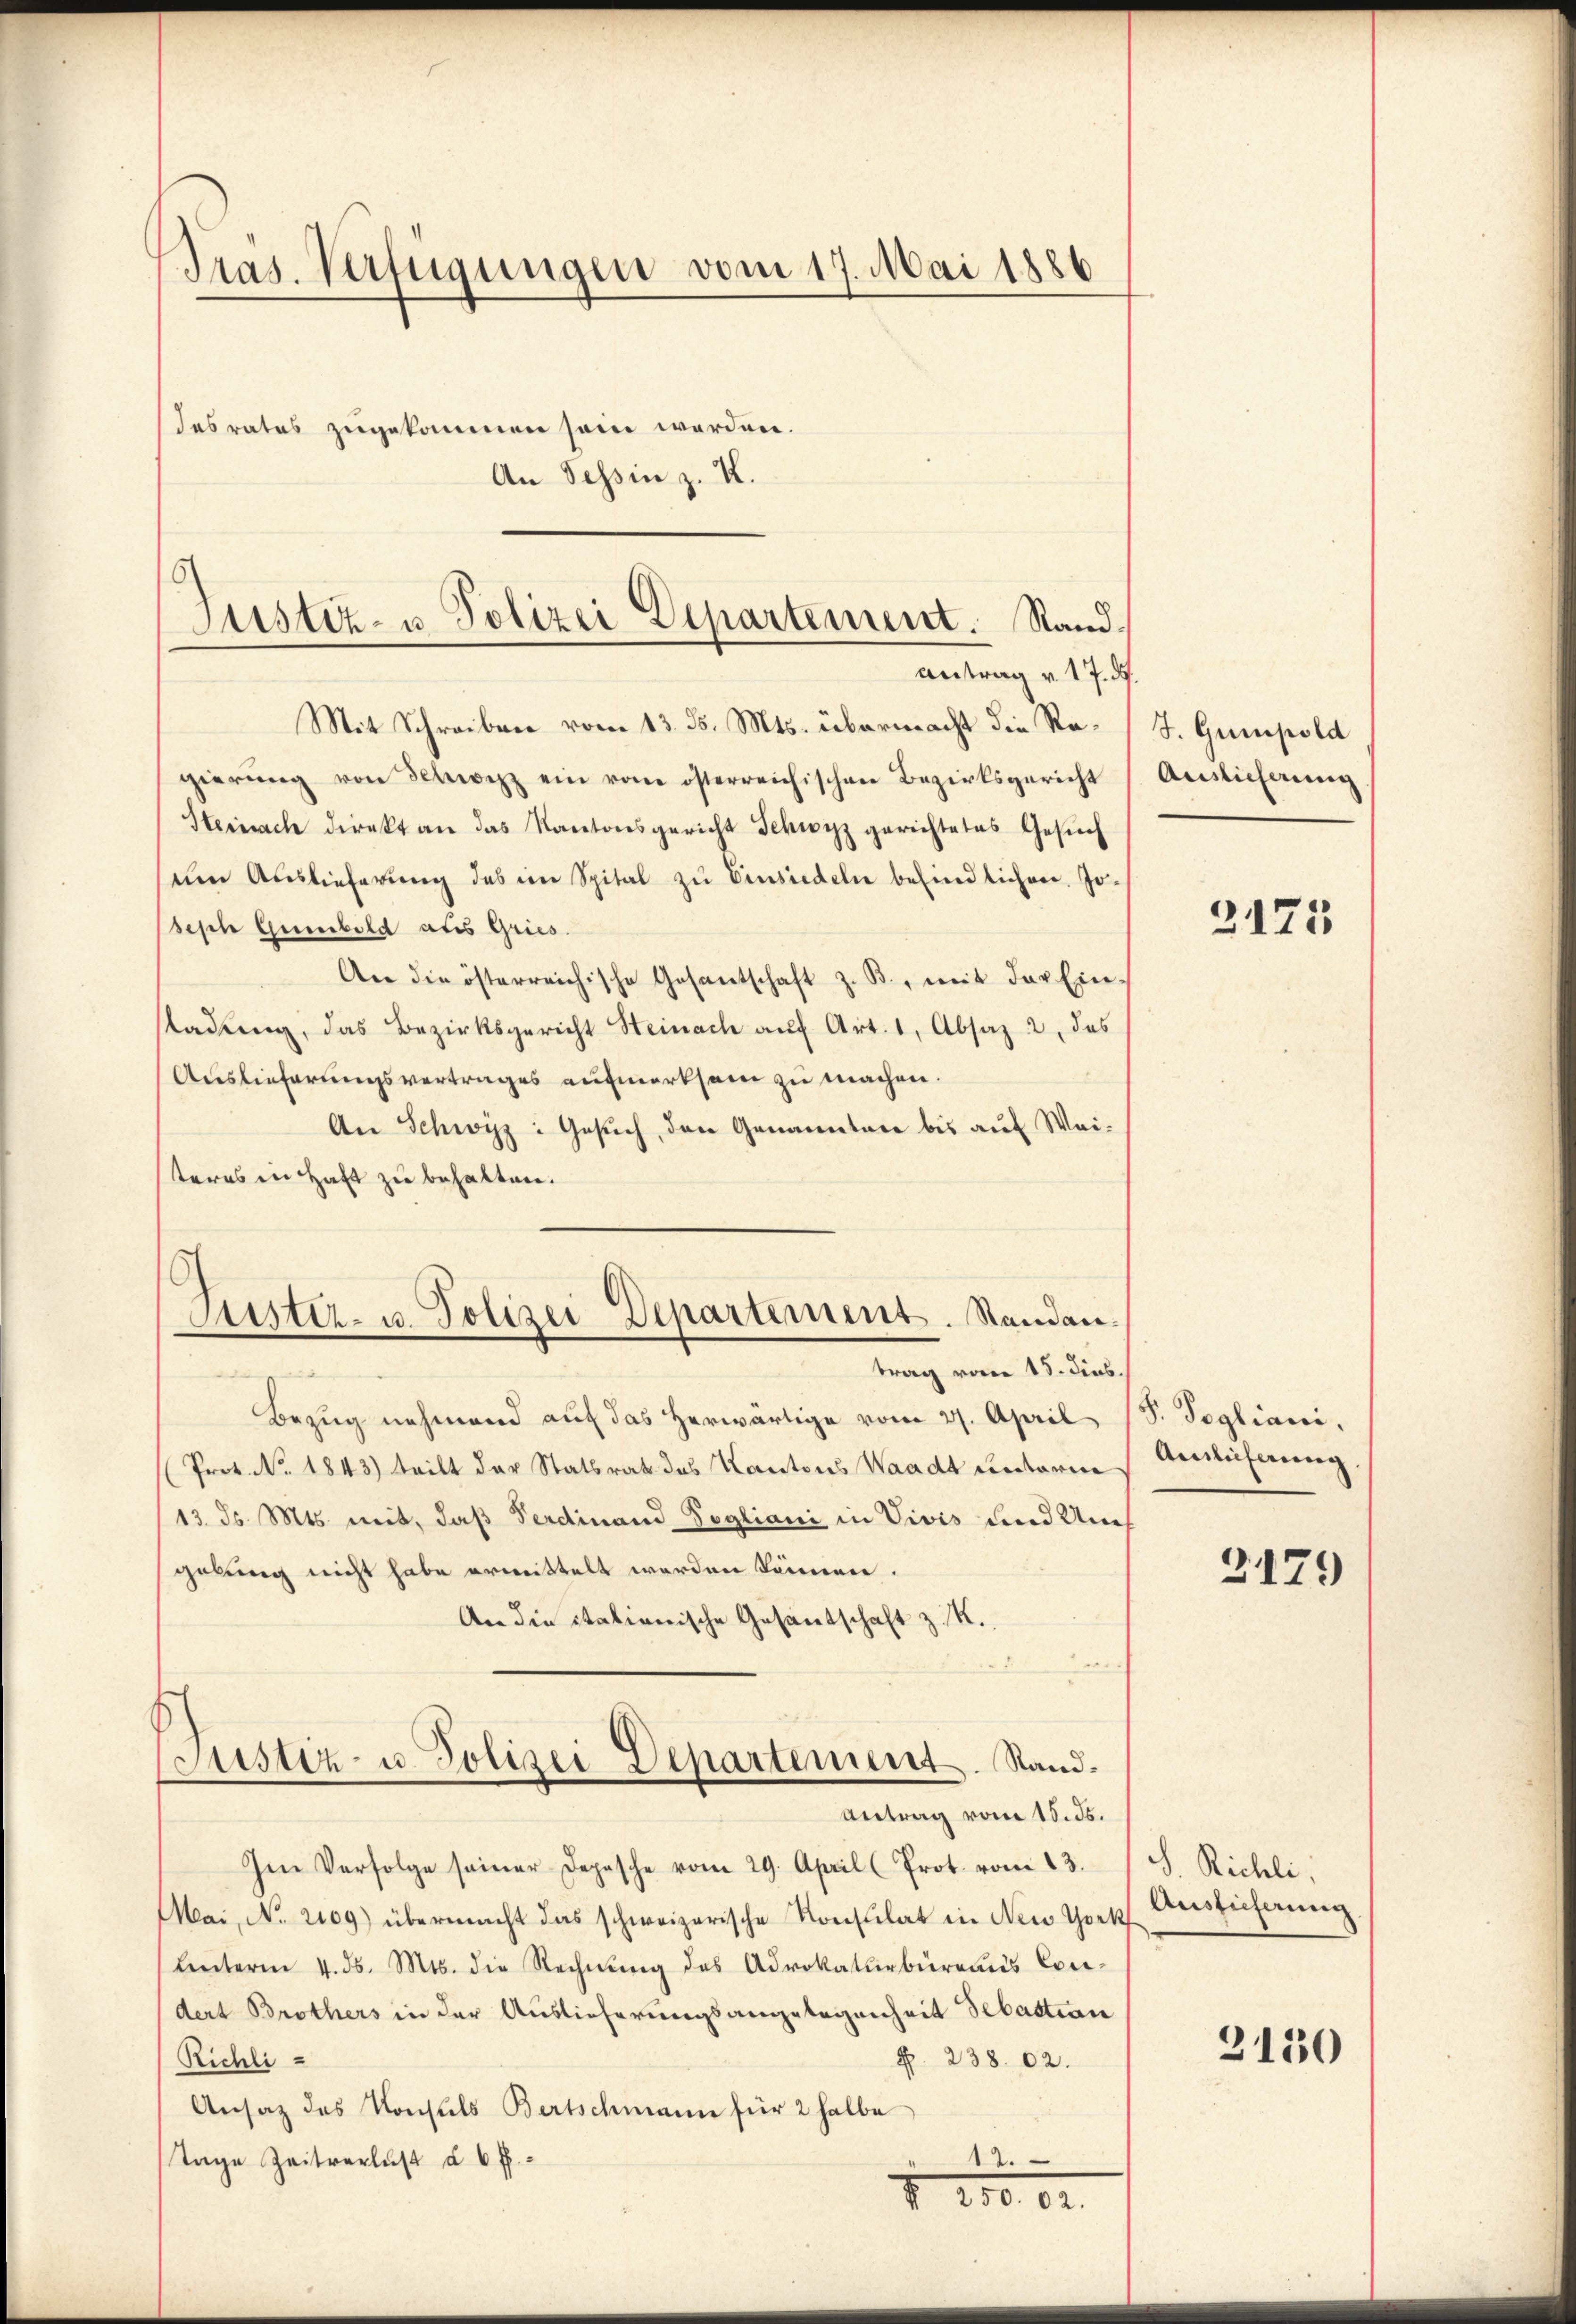
Präs. Verfügungen vom 17. Mai 1886

Justiz- u Polizei Departement. Stand.
Antrag v. 17. ds.
Mit Schreiben vom 13. ds. Mts. übermacht die Re¬

gierŭng von Schwitz ein vom österreichischen Bezirksgericht
Hernach direkt an das Kantonsgericht Schwyz gerichtetes Gesŭch
um Auslieferung des im Spital zu Einsiedeln befindlichen. Jo-
seph Giebold als Gries
An die österreichische Gesantschaft z. B., mit der Ein-
sladung, das Bezirksgericht Steinach auf Art. 1, Absaz 2, das
Auslieferungsvertrages aufmerksam zu machen.
An Schwyz: Gesuch, den Genanntere bis auf Weiteres in Haft zu behalten.

desrates zugekommen sein worden.
An Tessin z. K.

C
Justiz- u. Polizei Departement. Standan¬

Coustiz- u. Polizei Departement. Sand¬

trag vom 15. dies
Bezug nehmend auf das herwärtige vom 27. April
Prot. No. 1843) teilt der Statsrat des Kantons Waadt unterm
13. ds. Mts. mit, daß Ferdinand Sogliani in Vivis und Umgelung nicht habe erwittelt worden können.
An die italionische Gesantschaft z. R.
Antrag vom 15. ds.
Im Verfolge seiner Depesche vom 29. April (Prot. vom 13.
Mai, No. 2109) übermacht das schweizerische Konsulat in New York Ansteiferung
Lnterm 4. ds. Mts. die Rechnung des Advokaturbüreaus Condert Brothers in der Auslieferungsangelegenheit Sebastian
R. 238. 62.
Richli
Ansatz des Konsuls Bertschmann für 2 halbe
.
Tage Zeitverlust d. 6 f.
1
7. 150. 62.

J. Gumpold
Auslieferung

2175

S. Segliani,
Auslieferung

2179

S. Richli,

3130